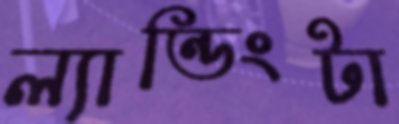
ল্যান্ডিংটা